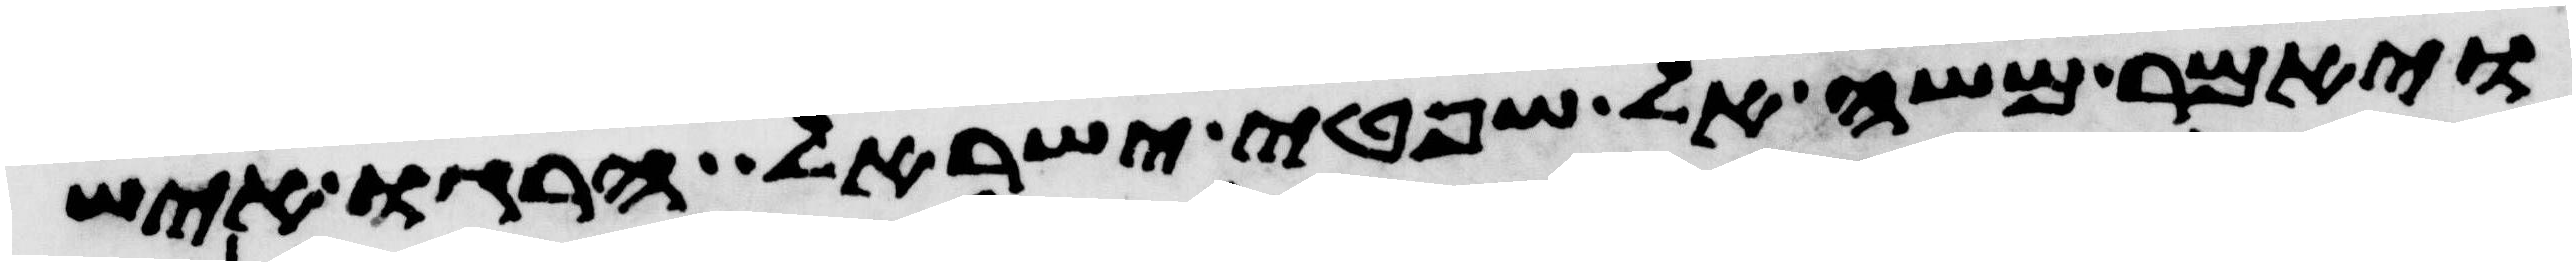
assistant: ויאמר משה אל שפטי ישראל הרגו איש